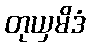
တုယှမိဒံ